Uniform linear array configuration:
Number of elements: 12
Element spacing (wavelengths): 0.75
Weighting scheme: binomial
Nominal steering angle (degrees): -60
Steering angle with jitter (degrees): -59.113
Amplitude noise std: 0.05
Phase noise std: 0.05

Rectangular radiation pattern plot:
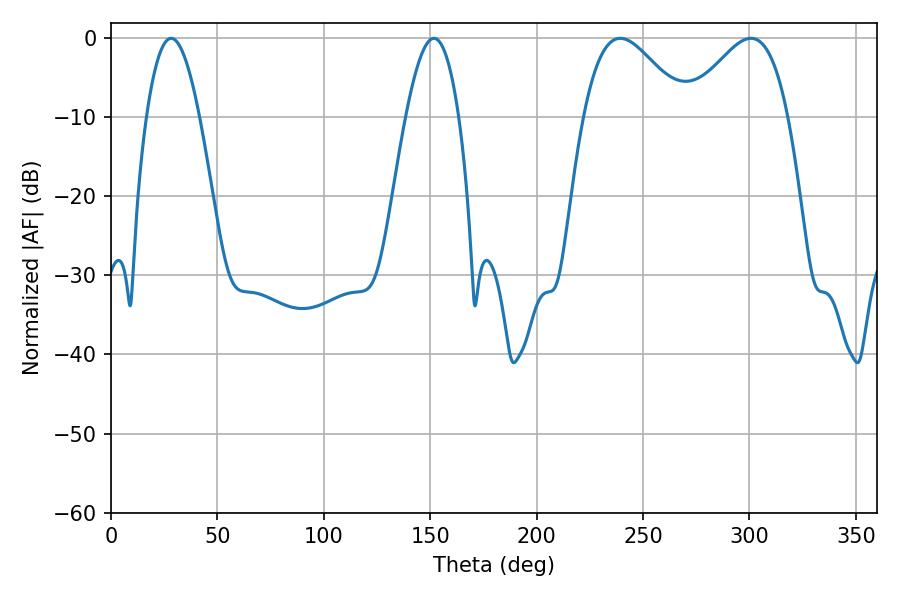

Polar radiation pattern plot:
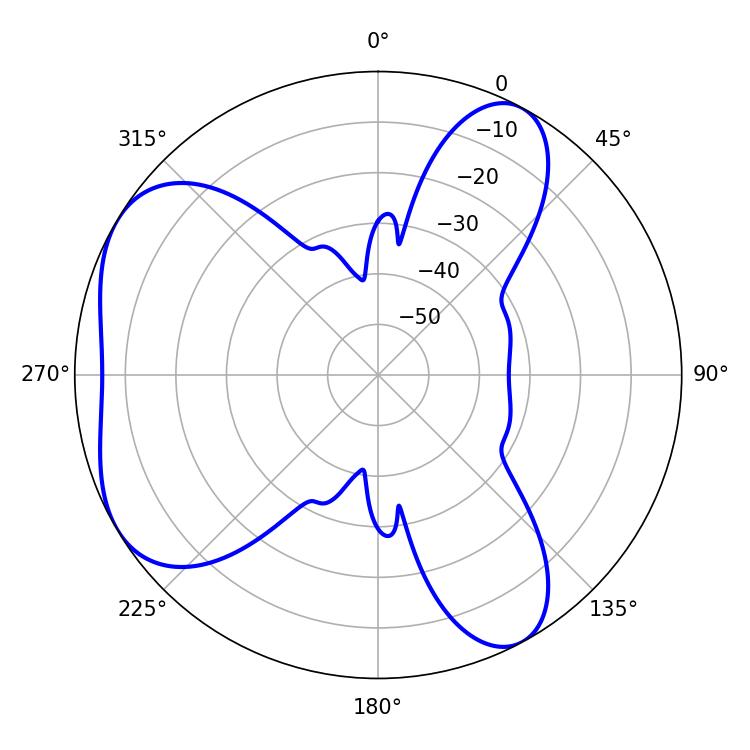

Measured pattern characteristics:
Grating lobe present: TRUE
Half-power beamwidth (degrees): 13.5
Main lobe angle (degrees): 28.26